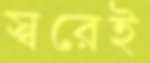
স্বরেই